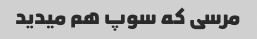
مرسی که سوپ هم میدید